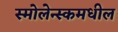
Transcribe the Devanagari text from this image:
स्मोलेन्स्कमधील